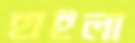
হাইলা